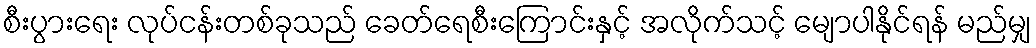
စီးပွားရေး လုပ်ငန်းတစ်ခုသည် ခေတ်ရေစီးကြောင်းနှင့် အလိုက်သင့် မျောပါနိုင်ရန် မည်မျှ